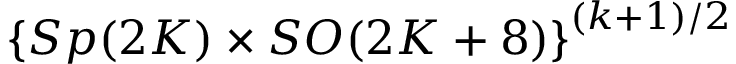
\left\{ S p ( 2 K ) \times S O ( 2 K + 8 ) \right\} ^ { ( k + 1 ) / 2 }